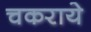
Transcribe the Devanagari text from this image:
चकराये